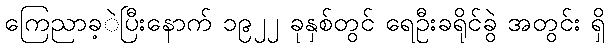
ကြေညာခ့ဲပြီးနောက် ၁၉၂၂ ခုနှစ်တွင် ရေဦးခရိုင်ခွဲ အတွင်း ရှိ